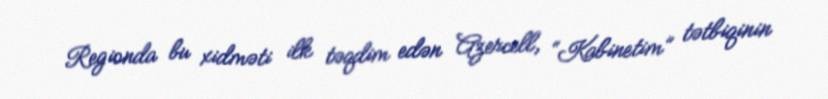
Regionda bu xidməti ilk təqdim edən Azercell, “Kabinetim” tətbiqinin